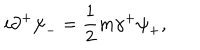
i { \partial } ^ { + } { \psi } _ { - } = \frac { 1 } { 2 } m { \gamma } ^ { + } { \psi } _ { + } ,